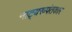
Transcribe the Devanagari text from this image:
नाट्यरूपंतकार